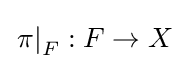
\left.\pi \right|_{F}:F\to X